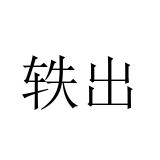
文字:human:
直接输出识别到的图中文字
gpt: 轶出